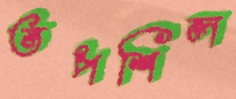
তপশিল